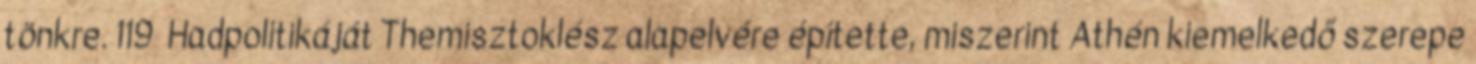
tönkre. 119 Hadpolitikáját Themisztoklész alapelvére építette, miszerint Athén kiemelkedő szerepe